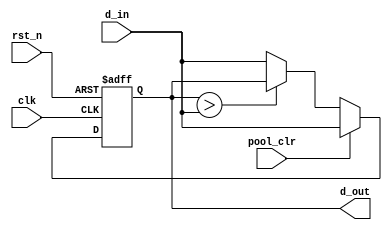
module pool_unit(/*autoport*/
//output
			d_out,
//input
			clk,
			rst_n,
			d_in,
			pool_clr);
	input  	clk;
	input  	rst_n;

	input 	pool_clr;
	input 	[15:0]	d_in;
	output 	[15:0]	d_out;

//------------------------------
//------stage1: compare---------
//------------------------------
wire [15:0] temp;
assign temp = (temp_r >d_in )? temp_r:d_in;


reg [15:0] temp_r;
always @(posedge clk or negedge rst_n) begin
	if (!rst_n) begin
		// reset
		temp_r <= 0;
	end
	else if (pool_clr) begin
		temp_r <= d_in;
	end
	else begin
		temp_r <= temp;
	end	
end


//------------------------------
//------output to external------
//------------------------------

assign d_out = temp_r;


endmodule